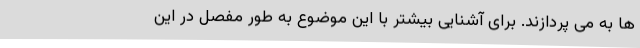
ها به می پردازند. برای آشنایی بیشتر با این موضوع به طور مفصل در این